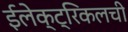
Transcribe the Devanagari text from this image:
ईलेक्ट्रिकलची